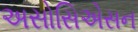
અસોસિએસન